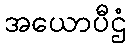
အယောပီဌံ